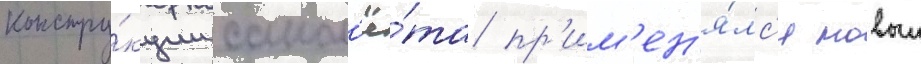
констру́кции самол'ё́та пр'им'ен'я́лс'я новыи